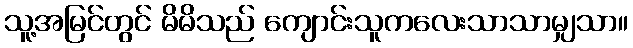
သူ့အမြင်တွင် မိမိသည် ကျောင်းသူကလေးသာသာမျှသာ။